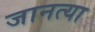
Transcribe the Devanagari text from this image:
जानत्या